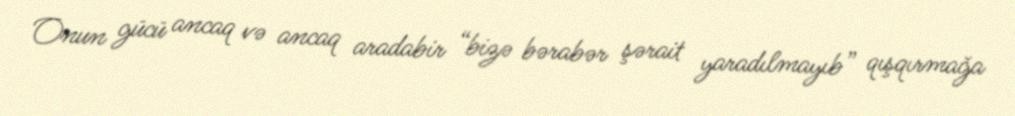
Onun gücü ancaq və ancaq aradabir “bizə bərabər şərait yaradılmayıb” qışqırmağa